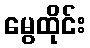
မွေထိုင်း